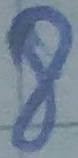
Text: 8